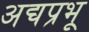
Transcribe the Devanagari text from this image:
अद्यप्रभू